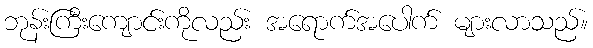
ဘုန်းကြီးကျောင်းကိုလည်း အရောက်အပေါက် များလာသည်။